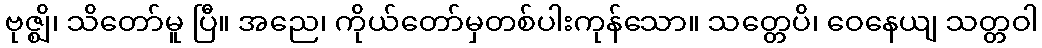
ဗုဇ္ဈိ၊ သိတော်မူ ပြီ။ အညေ၊ ကိုယ်တော်မှတစ်ပါးကုန်သော။ သတ္တေပိ၊ ဝေနေယျ သတ္တဝါ